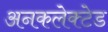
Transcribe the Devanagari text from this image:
अनकलेक्टेड